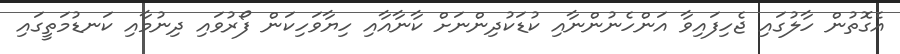
އެގޮތުން ހާލުގައި ޖެހިފައިވާ އަންހެނުންނާއި ކުޑަކުދިންނަށް ކާނާއާއި ހިޔާވަހިކަން ފޯރުވައި ދިނުމާއި ކަނޑުމަތީގައި